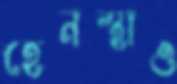
হেনস্থাও